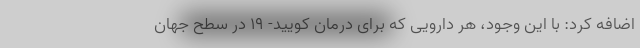
اضافه کرد: با این وجود، هر دارویی که برای درمان کویید- ۱۹ در سطح جهان